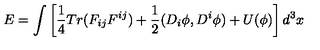
E = \int \left[ \frac { 1 } { 4 } T r ( F _ { i j } F ^ { i j } ) + \frac { 1 } { 2 } ( D _ { i } \phi , D ^ { i } \phi ) + U ( \phi ) \right] d ^ { 3 } x